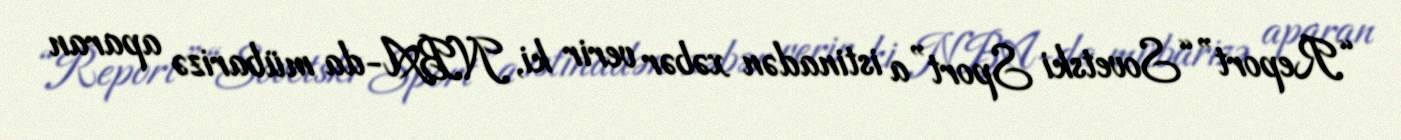
“Report” “Sovetski Sport”a istinadən xəbər verir ki, NBA-da mübarizə aparan